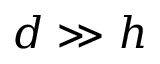
d \gg h